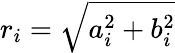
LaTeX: r_{i}=\sqrt{a_{i}^{2}+b_{i}^{2}}